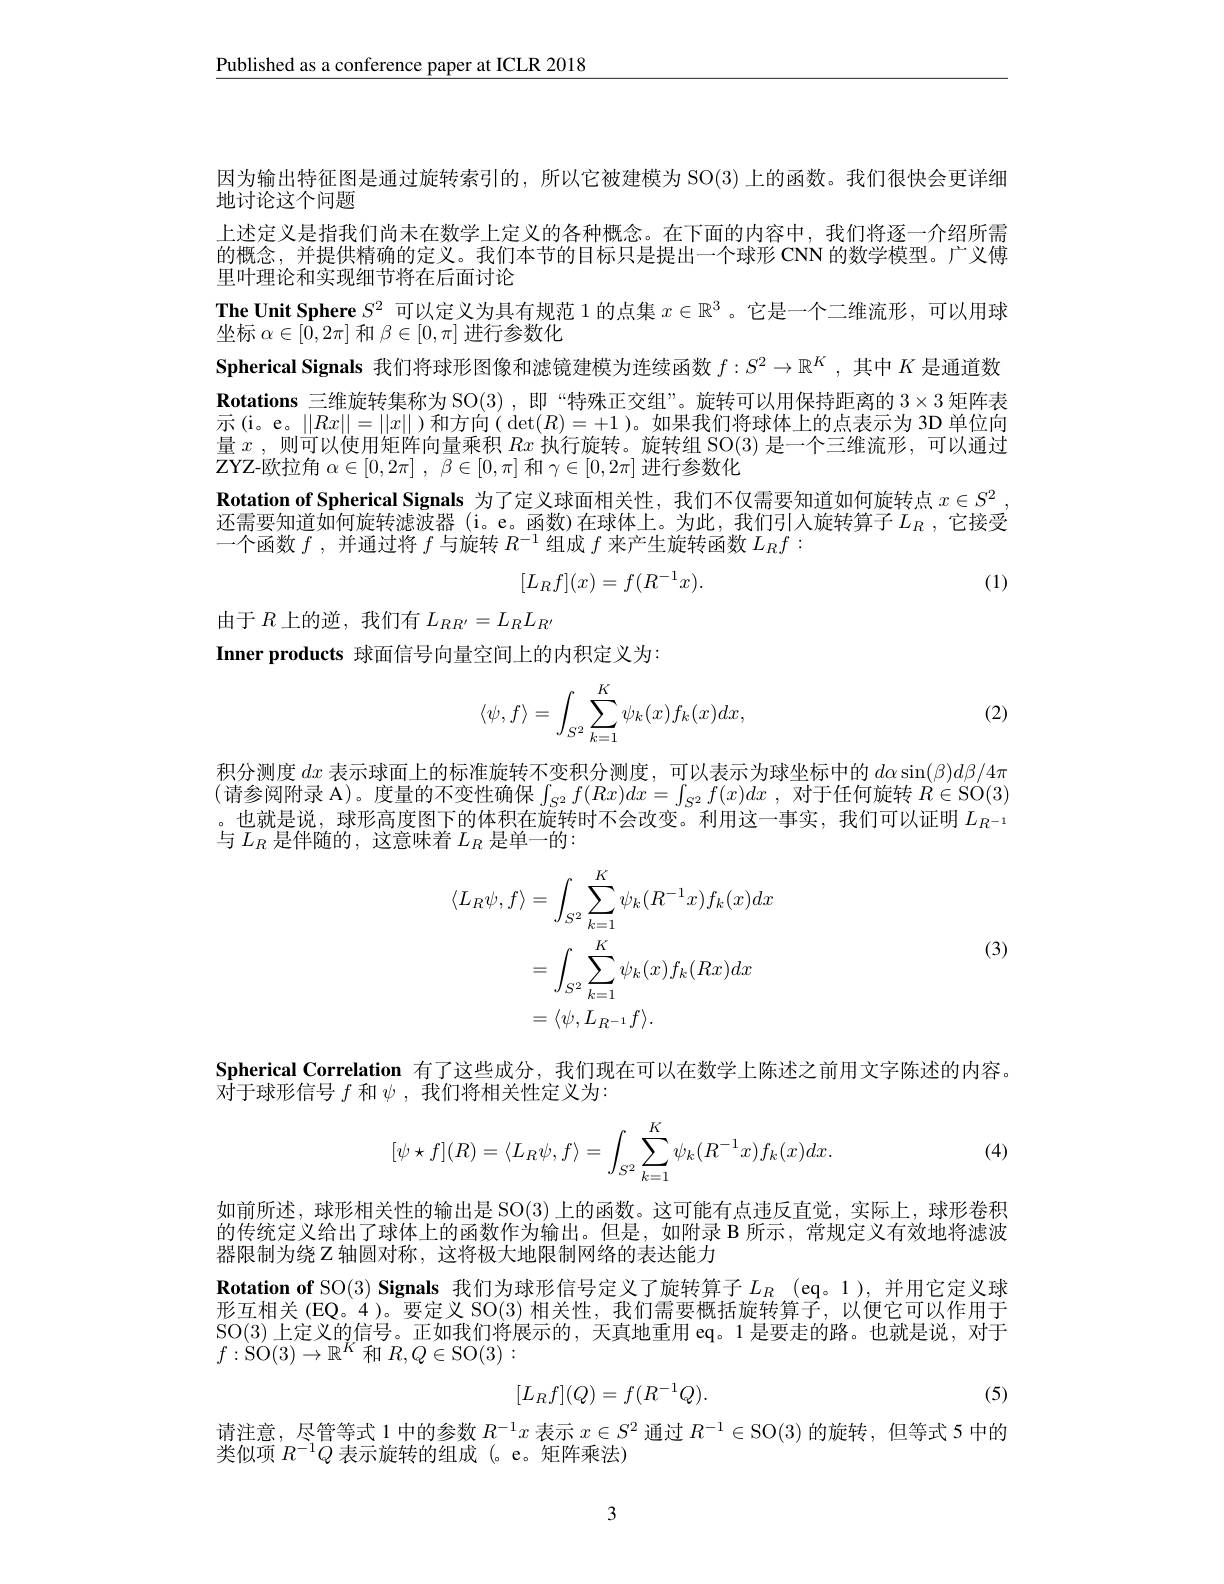
$\underline{\text{Published as a conference paper at ICLR 2018}}$

因为输出特征图是通过旋转索引的，所以它被建模为 SO(3)上的函数。我们很快会更详细
地讨论这个问题
上述定义是指我们尚未在数学上定义的各种概念。在下面的内容中，我们将逐一介绍所需的概念，并提供精确的定义。我们本节的目标只是提出一个球形 CNN 的数学模型。广义傅里叶理论和实现细节将在后面讨论
The Unit Sphere $S^2$可以定义为具有规范 1 的点集$x\in\mathbb{R}^3$。它是一个二维流形，可以用球
坐标$\alpha\in[\bar{0},2\pi]$和$\beta\in[0,\pi]$进行参数化
Spherical Signals 我们将球形图像和滤镜建模为连续函数$f:S^2\to\mathbb{R}^K$ ,其中$K$是通道数$\textbf{Rotations 三 维 旋 转 集 称 为 SO( 3) , 即 “ 特 殊 正 交 组 ” 。旋 转 可 以 用 保 持 距 离 的 }3\times 3$矩阵表示(i。e。$\|Rx\|=\|x\|$)和方向$(\det(R)=+1$ )。如果我们将球体上的点表示为 3D 单位向量$x$ ,则可以使用矩阵向量乘积$Rx$执行旋转。旋转组 SO(3) 是一个三维流形，可以通过$Z$YZ-欧拉角$\alpha \in [ 0, 2\pi ]$ , $\beta \in [ 0, \pi ]$和$\gamma\in[0,2\pi]$进行参数化
Rotation of Spherical Signals 为了定义球面相关性，我们不仅需要知道如何旋转点$x\in S^2$ 还需要知道如何旋转滤波器 (i。e。函数)在球体上。为此，我们引人旋转算子$L_R$ ,它接受一个函数$f$,并通过将$f$与旋转$R^-1$组成$f$来产生旋转函数$L_Rf:$
$$[L_Rf](x)=f(R^{-1}x).$$
(1)

由于$R$上的逆，我们有$L_RR^{\prime}=L_RL_{R^{\prime}}$
Inner products 球面信号向量空间上的内积定义为：
$$\begin{aligned}\langle\psi,f\rangle=\int_{S^2}\sum_{k=1}^K\psi_k(x)f_k(x)dx,\end{aligned}$$
(2)

积分测度$dx$表示球面上的标准旋转不变积分测度，可以表示为球坐标中的$d\alpha\sin(\beta)d\beta/4\pi$ (请参阅附录 A)。度量的不变性确保$\int_S^2f(Rx)dx=\int_{S^2}f(x)dx$, 对于任何旋转 $R\in\operatorname{SO}(3)$ 。也就是说，球形高度图下的体积在旋转时不会改变。利用这一事实，我们可以证明$L_{R^{-1}}$ 与$L_R$是伴随的，这意味着$L_R$是单一的：

(3)
$$\begin{aligned}\langle L_{R}\psi,f\rangle&=\int_{S^{2}}\sum_{k=1}^{K}\psi_{k}(R^{-1}x)f_{k}(x)dx\\&=\int_{S^{2}}\sum_{k=1}^{K}\psi_{k}(x)f_{k}(Rx)dx\\&=\langle\psi,L_{R^{-1}}f\rangle.\end{aligned}$$
Spherical Correlation 有了这些成分，我们现在可以在数学上陈述之前用文字陈述的内容。
对于球形信号$f$和$\psi$,我们将相关性定义为：
$$[\psi\star f](R)=\langle L_R\psi,f\rangle=\int_{S^2}\sum_{k=1}^K\psi_k(R^{-1}x)f_k(x)dx.$$
(4)

如前所述，球形相关性的输出是 SO(3)上的函数。这可能有点违反直觉，实际上，球形卷积的传统定义给出了球体上的函数作为输出。但是，如附录 B 所示，常规定义有效地将滤波器限制为绕$Z$轴圆对称，这将极大地限制网络的表达能力
$\textbf{Rotation of SO}( 3) \textbf{ Signals 我 们 为 球 形 信 号 定 义 了 旋 转 算 子 }L_R$ (eq。1),并用它定义球形互相关(EQ。4)。要定义 SO(3)相关性，我们需要概括旋转算子，以便它可以作用于SO(3)上定义的信号。正如我们将展示的，天真地重用 eq。1 是要走的路。也就是说，对于$f:\overset{\mathrm{'SO}}{\operatorname*{\operatorname*{SO}}}(3)\to\mathbb{R}^{K}$和$R,Q\in\operatorname{SO}(3):$

(5)
$$[L_Rf](Q)=f(R^{-1}Q).$$
请注意，尽管等式 1 中的参数$R^{-1}x$表示$x\in S^2$通过$R^{-1}\in\operatorname{SO}(3)$的旋转，但等式 5 中的
类似项$R^{-1}\bar{Q}$表示旋转的组成 (。e。矩阵乘法)

3